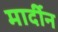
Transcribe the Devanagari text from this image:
मार्दीन